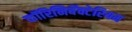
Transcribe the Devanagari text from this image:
कॉरिनिबॅक्टेरियम